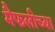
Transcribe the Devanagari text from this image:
मैफलीच्या